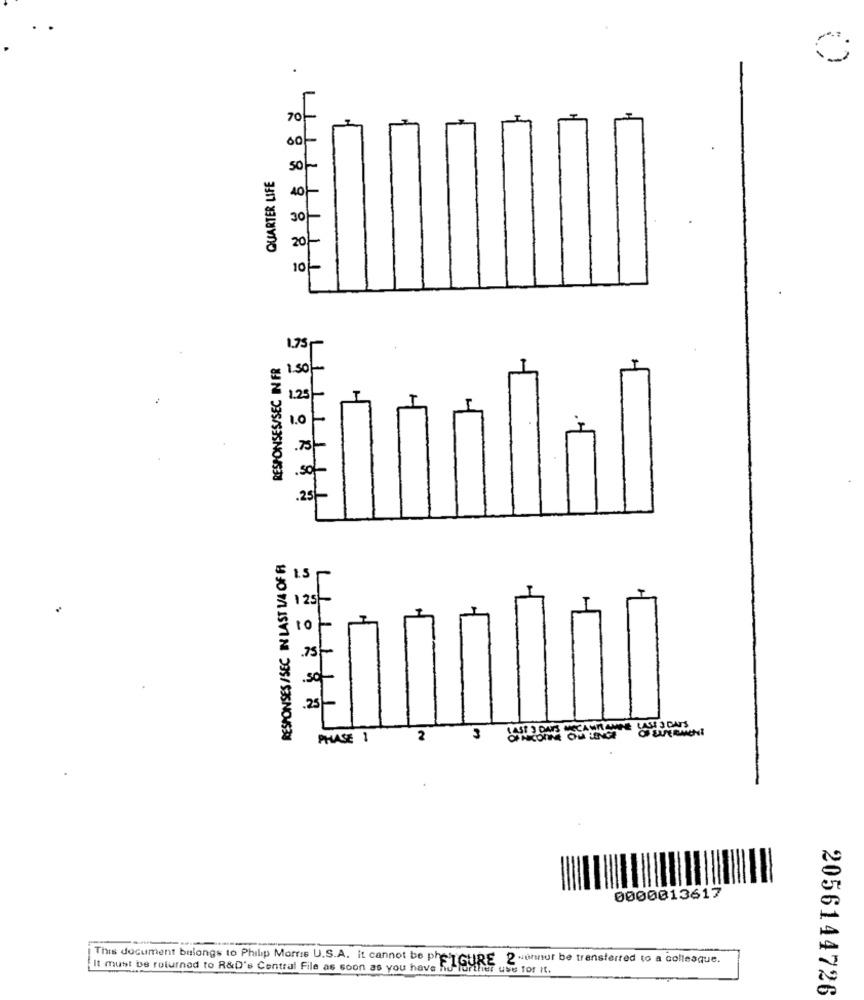
70
00
QUARTER LIFE
50
30
20
10
1.73-
RESPONSES/SEC IN FR
1.50-
1.25/
T
1.0
73
.50
.25
RESPONSES /SEC IN LAST 1/4 OF A
123
T
10
15-
so-
.25]
PHASE 1
2
3
0000013617
It must be returned to R&D's Central File as soon as you have FIGURE , & ou be transferred to a colleague.
This document belongs to Philip Morris U.S.A. it cannot be phe
2056144726